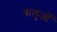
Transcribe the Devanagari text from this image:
बालुओं